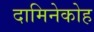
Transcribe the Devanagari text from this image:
दामिनेकोह